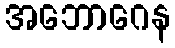
အဘောဂေန